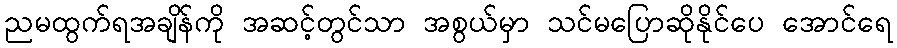
ညမထွက်ရအချိန်ကို အဆင့်တွင်သာ အစွယ်မှာ သင်မပြောဆိုနိုင်ပေ အောင်ရေ